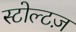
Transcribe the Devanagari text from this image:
स्टोल्टज़